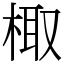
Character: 棷